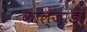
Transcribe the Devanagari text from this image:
काल्ज़ाडा